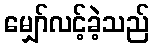
မျှော်လင့်ခဲ့သည်